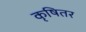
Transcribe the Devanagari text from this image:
कृषितर